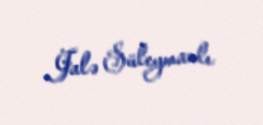
Jalə Süleymanlı